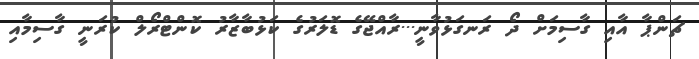
ޗަންޕާ އާއި ގާސިމަށް ދޯ ރަނގަޅުވާނީ...ރާއްޖޭގެ ޑޮލަރުގެ ކަޅުބާޒާރު ކޮންޓްރޯލް ކުރަނީ ގާސިމާއި